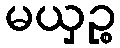
မယှဉ္စ